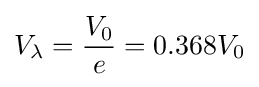
V_{\lambda }={\frac {V_{0}}{e}}=0.368V_{0}